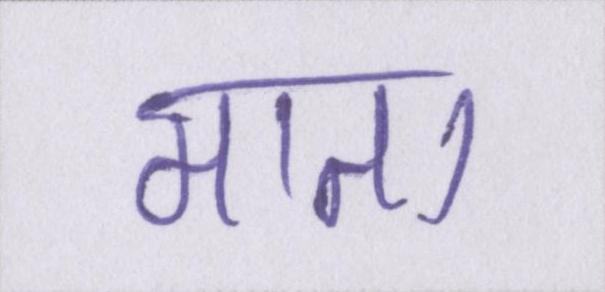
माता